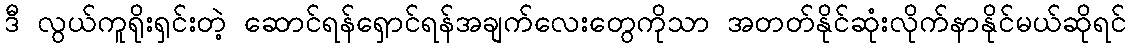
ဒီ လွယ်ကူရိုးရှင်းတဲ့ ဆောင်ရန်ရှောင်ရန်အချက်လေးတွေကိုသာ အတတ်နိုင်ဆုံးလိုက်နာနိုင်မယ်ဆိုရင်